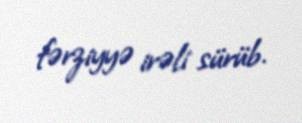
fərziyyə irəli sürüb.